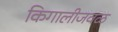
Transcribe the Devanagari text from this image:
किगालीजवळ